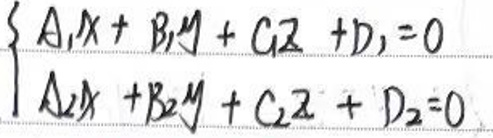
\left\{
\begin{array}{l}
A_1x + B_1y + C_1z + D_1 = 0\\
A_2x + B_2y + C_2z + D_2 = 0
\end{array}
\right.